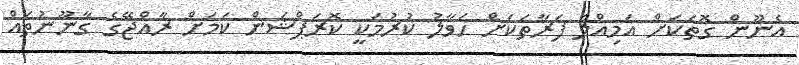
އެނޫން ގޮތަކަށް އަމިއްލަ ފަރާތަކަށް ހަވާލު ކުރުމަކީ ކޮރަޕްޝަން ކަމަށް ރާއްޖޭގެ ގާނޫނުތައް